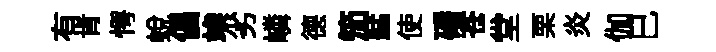
有肯愕蜕倡竢劣嶙德笳艋使磻苍堂栗炎伽巳